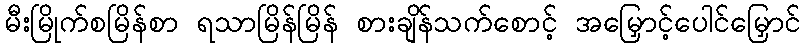
မီးမြိုက်စမြိန်စာ ရသာမြိန်မြိန် စားချိန်သက်စောင့် အမြှောင့်ပေါင်မြှောင်